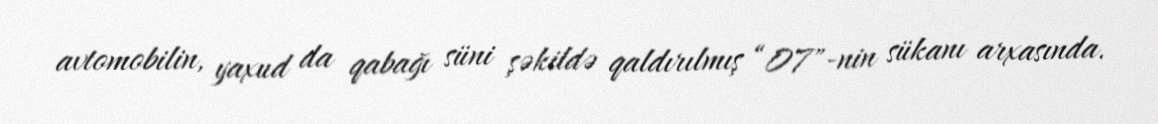
avtomobilin, yaxud da qabağı süni şəkildə qaldırılmış “07"-nin sükanı arxasında.